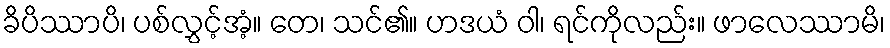
ခိပိဿာပိ၊ ပစ်လွှင့်အံ့။ တေ၊ သင်၏။ ဟဒယံ ဝါ၊ ရင်ကိုလည်း။ ဖာလေဿာမိ၊